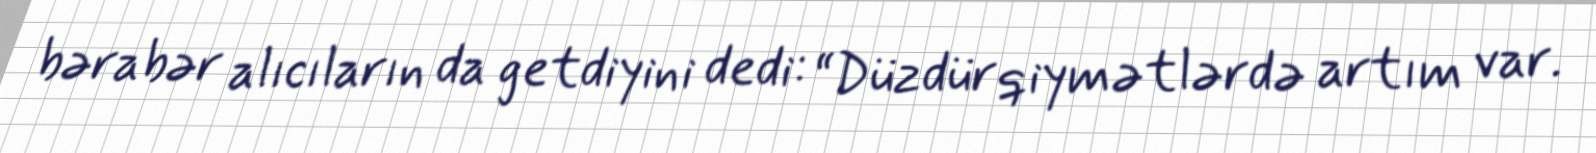
bərabər alıcıların da getdiyini dedi: “Düzdür qiymətlərdə artım var.